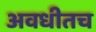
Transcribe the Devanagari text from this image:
अवधीतच